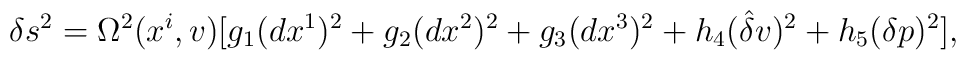
\delta s^{2}=\Omega^{2}(x^{i},v)[g_{1}(dx^{1})^{2}+g_{2}(dx^{2})^{2}+g_{3}(dx^{3})^{2}+h_{4}(\hat{{\delta }}v)^{2}+h_{5}(\delta p)^{2}],